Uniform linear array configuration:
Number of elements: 12
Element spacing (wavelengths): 0.5
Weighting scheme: kaiser
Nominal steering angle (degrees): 30
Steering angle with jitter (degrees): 29.094
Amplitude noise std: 0.05
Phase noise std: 0.05

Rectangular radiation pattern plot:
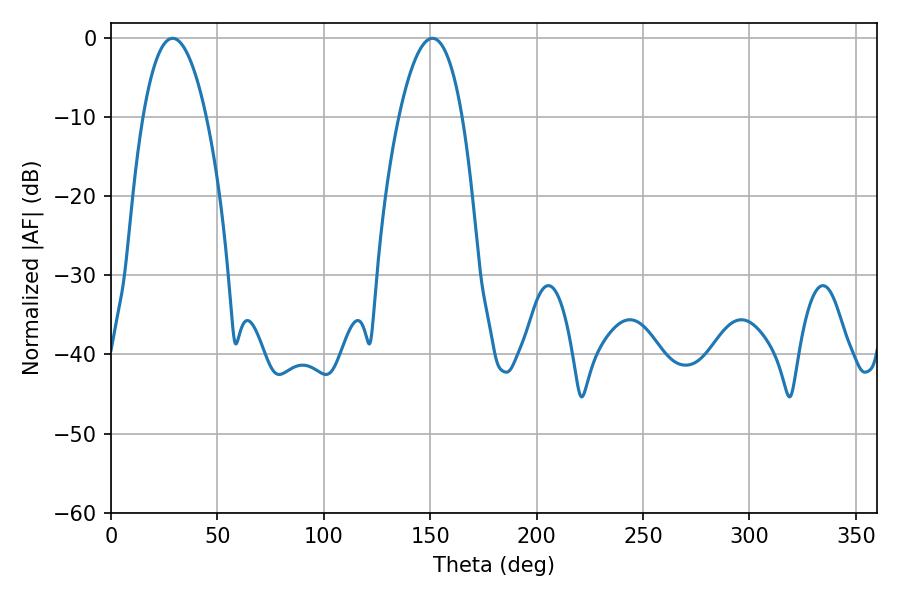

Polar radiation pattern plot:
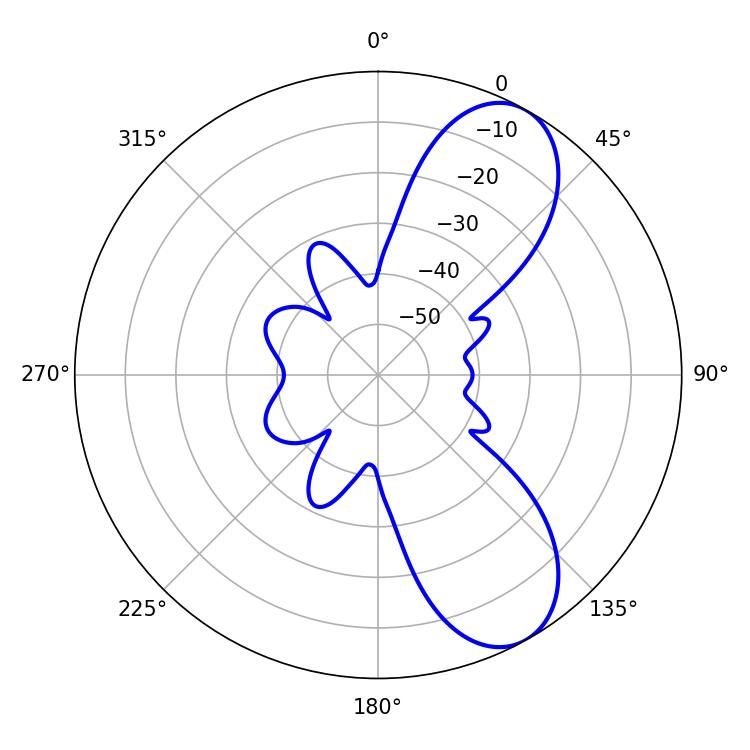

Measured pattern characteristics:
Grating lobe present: FALSE
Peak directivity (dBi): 8.24
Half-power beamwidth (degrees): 16.38
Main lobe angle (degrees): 151.02